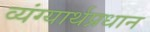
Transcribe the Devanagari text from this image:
व्यंग्यार्थप्रधान